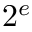
2 ^ { e }